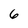
Character: 6